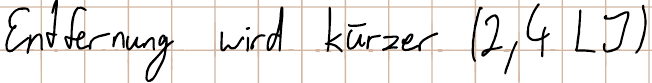
Entfernung wird kürzer (2,4 LJ)